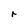
Character: r